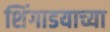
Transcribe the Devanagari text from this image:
शिंगाडयाच्या